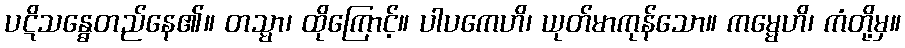
ပဋိသန္ဓေတည်နေ၏။ တသ္မာ၊ ထိုကြောင့်။ ပါပကေဟိ၊ ယုတ်မာကုန်သော။ ကမ္မေဟိ၊ ကံတို့မှ။